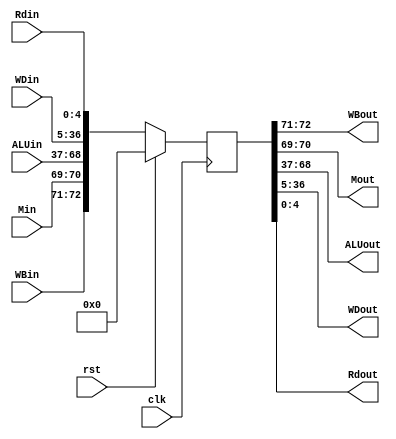
module EXMEM_Reg(WBout, Mout, ALUout, WDout, Rdout, WBin, Min, ALUin, WDin, Rdin, clk, rst);

output [31:0] ALUout, WDout;
output [4:0] Rdout;
output [1:0] WBout;
output [1:0] Mout;
input [31:0] ALUin, WDin;
input [4:0] Rdin;
input [1:0] WBin; 
input [1:0] Min;
input clk, rst;
	
reg [72:0] state;
	
always @(posedge clk) begin
  if (rst == 1'b1)begin
    state <= 0;
  end
  else begin
    state <= {WBin, Min, ALUin, WDin, Rdin};
  end
		
end //always

assign {WBout, Mout, ALUout, WDout, Rdout} = state;

endmodule